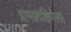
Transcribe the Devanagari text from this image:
ग्रामप्रदक्षिणेला